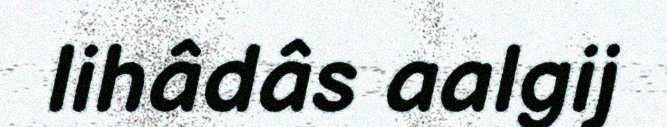
lihâdâs aalgij